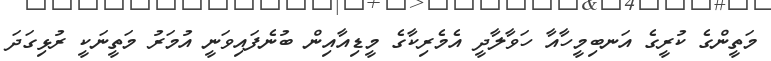
މަތީންގެ ކުރީގެ އަނބިމީހާއާ ހަވާލާދީ އެމެރިކާގެ މީޑިއާއިން ބުނެފައިވަނީ އުމަރު މަތީނަކީ ރުޅިގަދަ